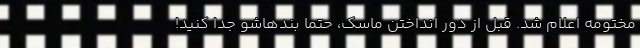
مختومه اعلام شد. قبل از دور انداختن ماسک، حتماً بندهاشو جدا کنید!